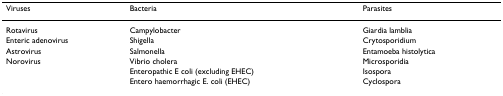
| Viruses | Bacteria | Parasites |
 | --- | --- | --- |
 | Rotavirus | Campylobacter | Giardia lamblia |
 | Enteric adenovirus | Shigella | Crytosporidium |
 | Astrovirus | Salmonella | Entamoeba histolytica |
 | Norovirus | Vibrio cholera | Microsporidia |
 |  | Enteropathic E coli (excluding EHEC) | Isospora |
 |  | Entero haemorrhagic E. coli (EHEC) | Cyclospora |